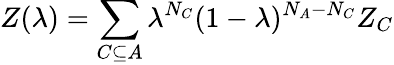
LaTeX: Z(\lambda)=\sum_{C\subseteq A}\lambda^{N_{C}}(1-\lambda)^{N_{A}-N_{C}}Z_{C}